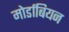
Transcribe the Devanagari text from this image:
मोर्डाबियन